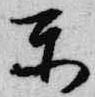
東